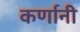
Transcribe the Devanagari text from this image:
कर्णानी